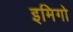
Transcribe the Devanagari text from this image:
इमिगो